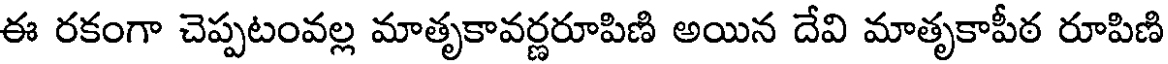
ఈ రకంగా చెప్పటంవల్ల మాతృకావర్ణరూపిణి అయిన దేవి మాతృకాపీఠ రూపిణి